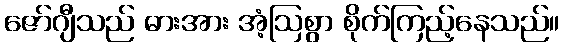
ဇော်ဂျီသည် ဓားအား အံ့ဩစွာ စိုက်ကြည့်နေသည်။